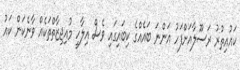
ކައުއިތުރު ރަސޫލާއަށްފަހު އަންނަ ބައެއްގެ ކިބައިގައި ވެސް އިލާހީ މުއިޖިޒާތްތަކެއް ވާނެކަން ކައު